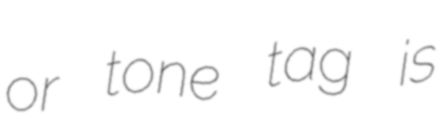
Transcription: or tone tag is